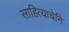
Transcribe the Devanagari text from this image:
साहित्याचेनि